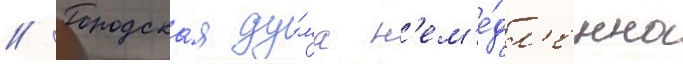
// Городска́я ду́ма н'ем'е́дл'енно